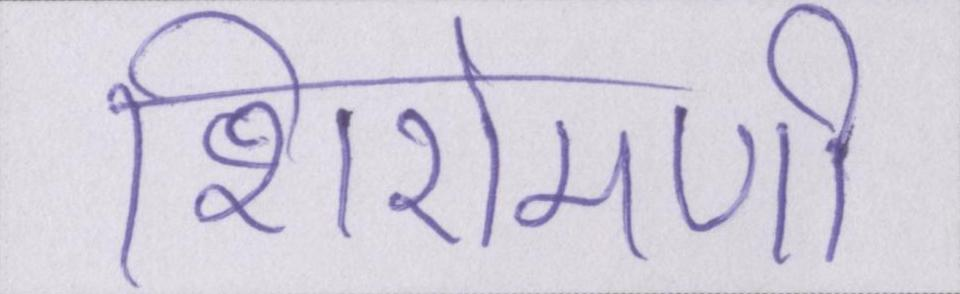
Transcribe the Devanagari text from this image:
शिरोमणी